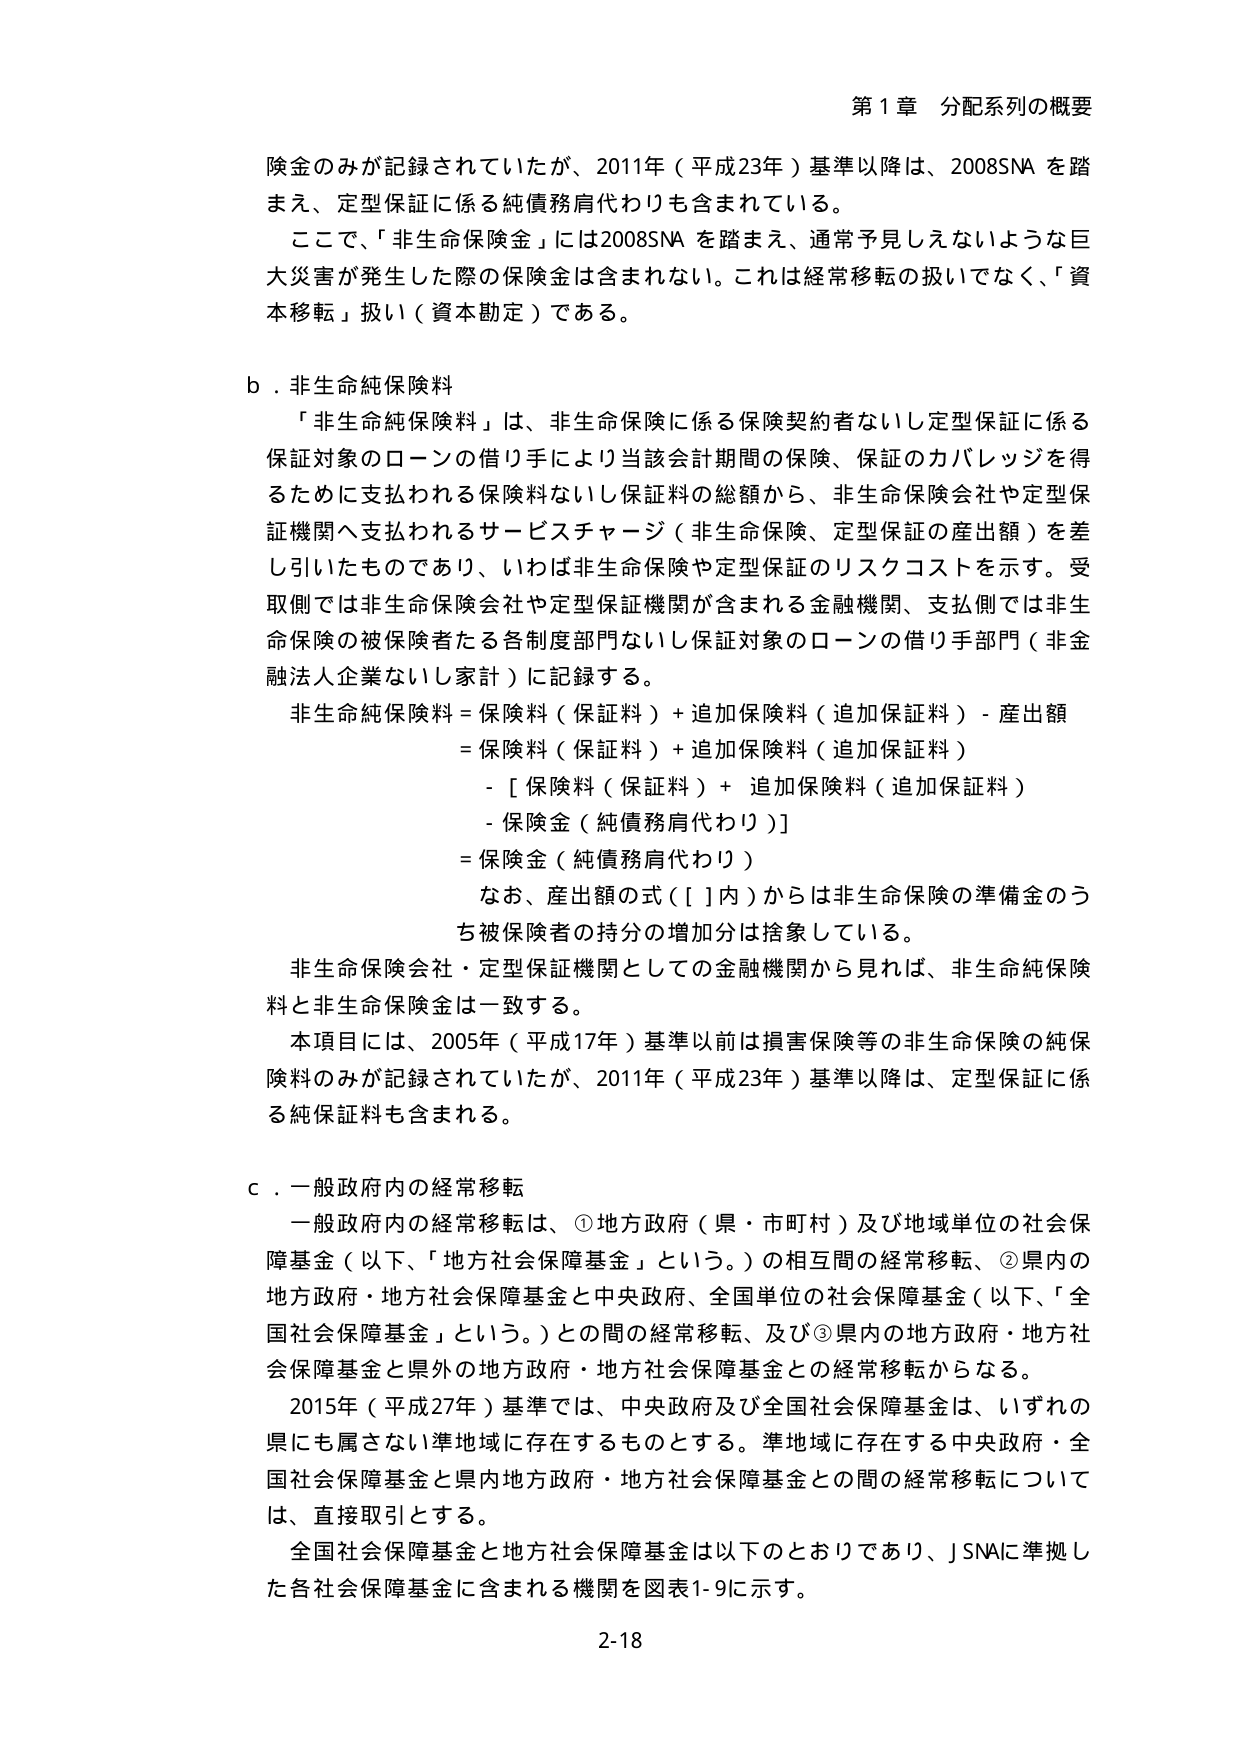
第1章 分配系列の概要

険金のみが記録されていたが、2011年（平成23年）基準以降は、2008SNAを踏まえ、定型保証に係る純債務肩代わりも含まれている。
ここで、「非生命保険金」には2008SNAを踏まえ、通常予見しえないような巨大災害が発生した際の保険金は含まれない。これは経常移転の扱いではなく、「資本移転」扱い（資本勘定）である。

b．非生命純保険料
「非生命純保険料」は、非生命保険に係る保険契約者ないし定型保証に係る保証対象のローンの借り手により当該会計期間の保険、保証のカバレッジを得るために支払われる保険料ないし保証料の総額から、非生命保険会社や定型保証機関へ支払われるサービスチャージ（非生命保険、定型保証の産出額）を差し引いたものであり、いわば非生命保険や定型保証のリスクコストを示す。受取側では非生命保険会社や定型保証機関が含まれる金融機関、支払側では非生命保険の被保険者たる各制度部門ないし保証対象のローンの借り手部門（非金融法人企業ないし家計）に記録する。
非生命純保険料＝保険料（保証料）＋追加保険料（追加保証料）－産出額
＝保険料（保証料）＋追加保険料（追加保証料）
－［保険料（保証料）＋追加保険料（追加保証料）
－保険金（純債務肩代わり）］
＝保険金（純債務肩代わり）
なお、産出額の式（［］内）からは非生命保険の準備金のうち被保険者の持分の増加分は捨象している。
非生命保険会社・定型保証機関としての金融機関から見れば、非生命純保険料と非生命保険金は一致する。
本項目には、2005年（平成17年）基準以前は損害保険等の非生命保険の純保険料のみが記録されていたが、2011年（平成23年）基準以降は、定型保証に係る純保証料も含まれる。

c．一般政府内の経常移転
一般政府内の経常移転は、①地方政府（県・市町村）及び地域単位の社会保障基金（以下、「地方社会保障基金」という。）の相互間の経常移転、②県内の地方政府・地方社会保障基金と中央政府、全国単位の社会保障基金（以下、「全国社会保障基金」という。）との間の経常移転、及び③県内の地方政府・地方社会保障基金と県外の地方政府・地方社会保障基金との経常移転からなる。
2015年（平成27年）基準では、中央政府及び全国社会保障基金は、いずれの県にも属さない準地域に存在するものとする。準地域に存在する中央政府・全国社会保障基金と県内地方政府・地方社会保障基金との間の経常移転については、直接取引とする。
全国社会保障基金と地方社会保障基金は以下のとおりであり、J SNAに準拠した各社会保障基金に含まれる機関を図表1-9に示す。

2-18